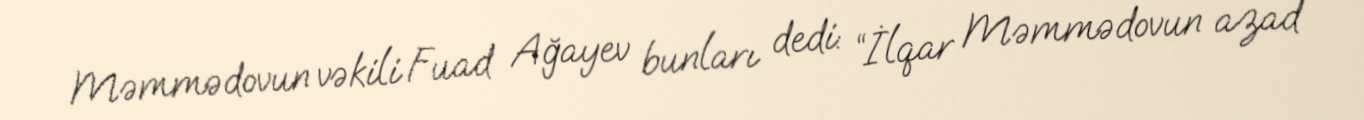
Məmmədovun vəkili Fuad Ağayev bunları dedi: “İlqar Məmmədovun azad